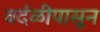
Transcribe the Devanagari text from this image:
वर्दळीपासून